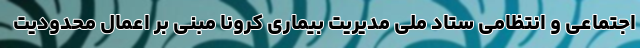
اجتماعی و انتظامی ستاد ملی مدیریت بیماری کرونا مبنی بر اعمال محدودیت